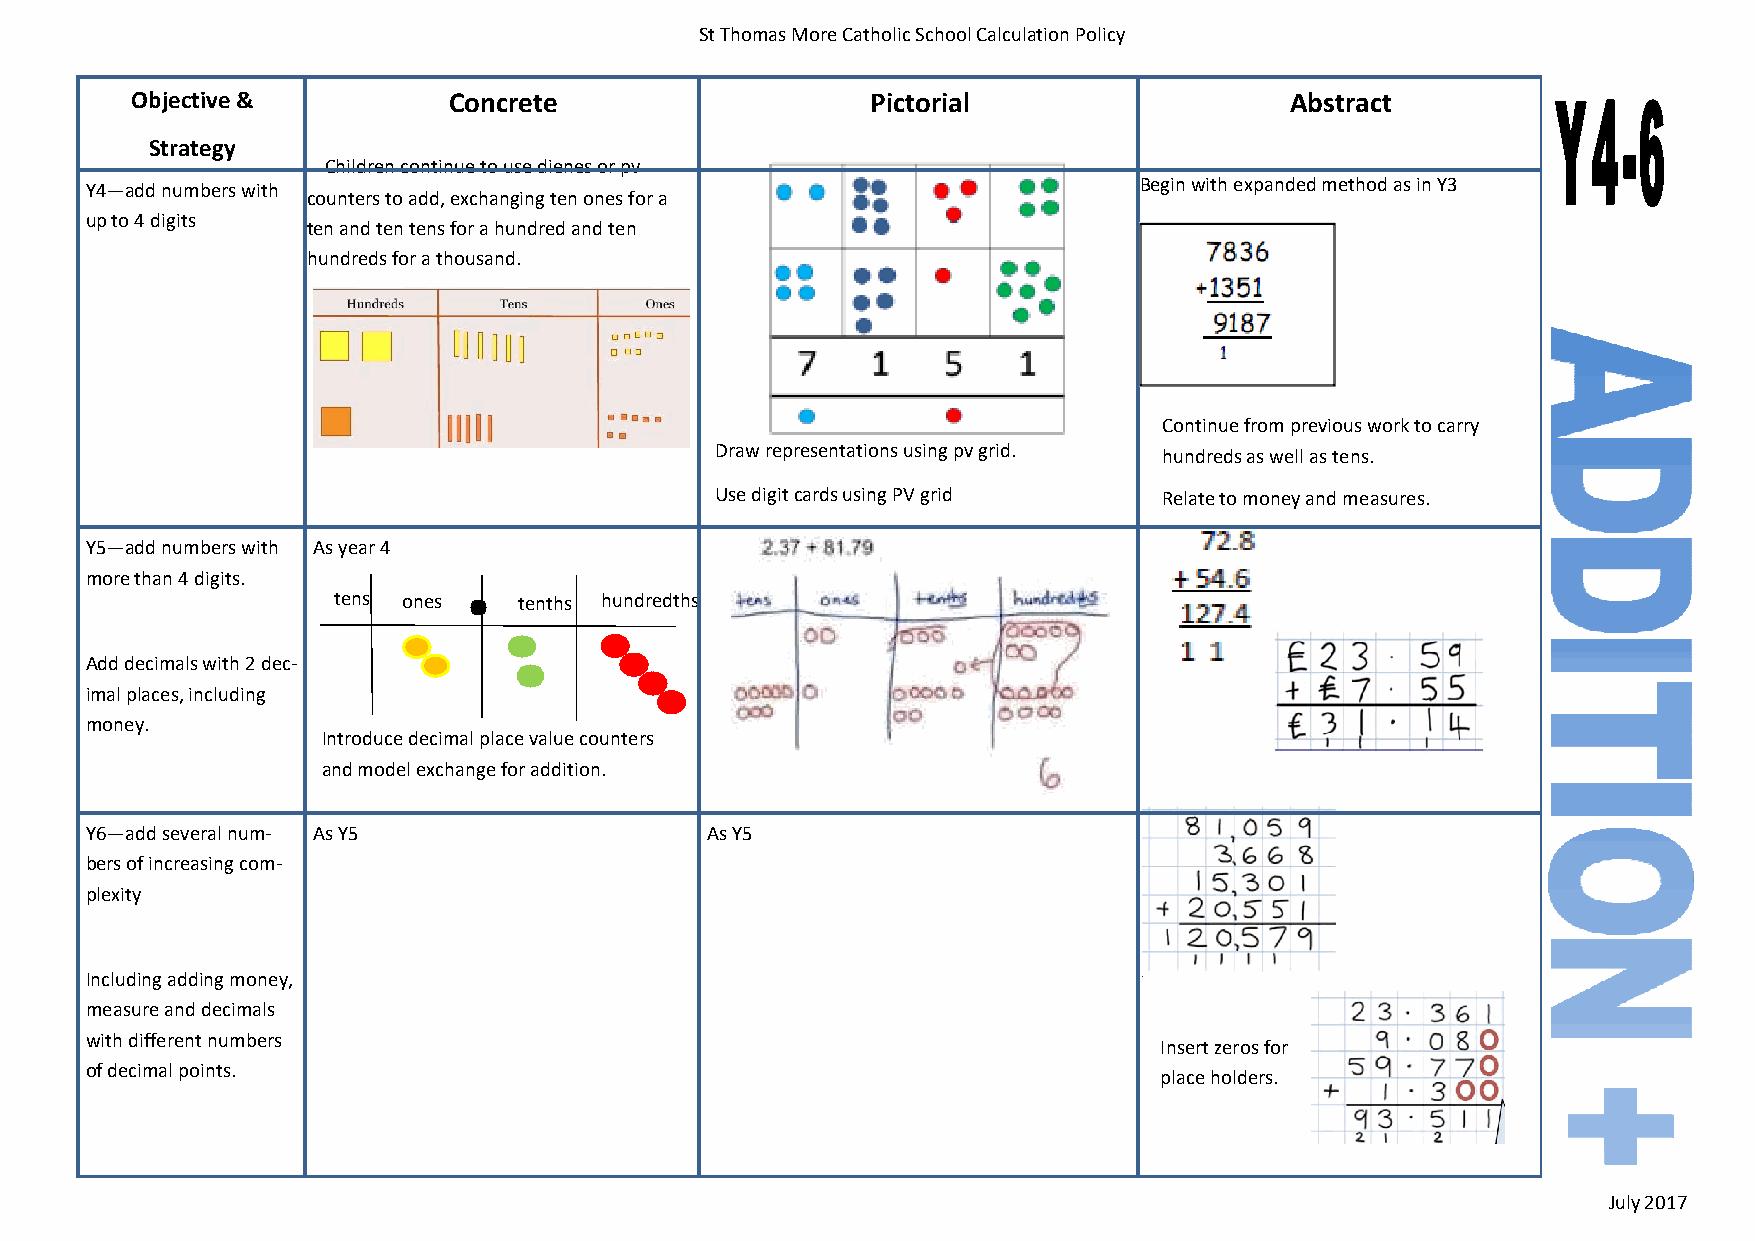
St Thomas More Catholic School Calculation Policy
 Objective &          Concrete                    Pictorial                  Abstract
 Strategy
 Children continue to use dienes or pv
 Y4—add numbers with                                                  Begin with expanded method as in Y3
 counters to add, exchanging ten ones for a
 up to 4 digits
 ten and ten tens for a hundred and ten
 hundreds for a thousand.
 Continue from previous work to carry
 Draw representations using pv grid. hundreds as well as tens.
 Use digit cards using PV grid Relate to money and measures.
 Y5—add numbers with As year 4
 more than 4 digits.
 tens ones   tenths hundredths
 Add decimals with 2 dec-
 imal places, including
 money.
 Introduce decimal place value counters
 and model exchange for addition.
 Y6—add several num- As Y5                As Y5
 bers of increasing com-
 plexity
 Including adding money,
 measure and decimals
 with different numbers
 Insert zeros for
 of decimal points.
 place holders.
 July 2017